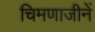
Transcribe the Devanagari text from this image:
चिमणाजीनें